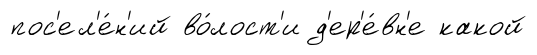
пос'ел'е́н'ий во́лост'и д'ер'е́вн'е какой